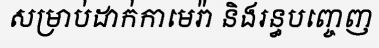
សម្រាប់ដាក់កាមេរ៉ា និងរន្ធបញ្ចេញ